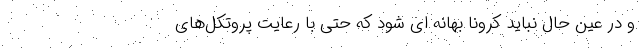
و در عین حال نباید کرونا بهانه ای شود که حتی با رعایت پروتکل‌های